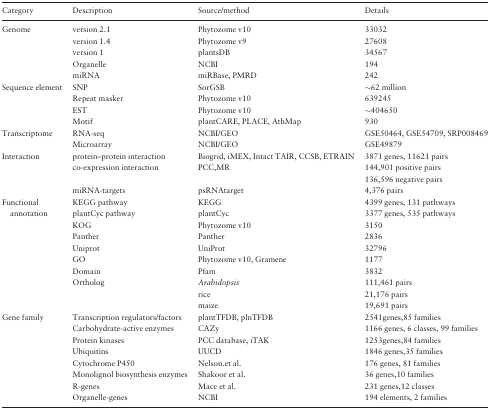
<table><thead><tr><td><b>Category</b></td><td><b>Description</b></td><td><b>Source/method</b></td><td><b>Details</b></td></tr></thead><tbody><tr><td rowspan="5">Genome</td><td>version 2.1</td><td>Phytozome v10</td><td>33032</td></tr><tr><td>version 1.4</td><td>Phytozome v9</td><td>27608</td></tr><tr><td>version 1</td><td>plantsDB</td><td>34567</td></tr><tr><td>Organelle</td><td>NCBI</td><td>194</td></tr><tr><td>miRNA</td><td>miRBase, PMRD</td><td>242</td></tr><tr><td rowspan="4">Sequence element</td><td>SNP</td><td>SorGSB</td><td>∼62 million</td></tr><tr><td>Repeat masker</td><td>Phytozome v10</td><td>639245</td></tr><tr><td>EST</td><td>Phytozome v10</td><td>∼404650</td></tr><tr><td>Motif</td><td>plantCARE, PLACE, AthMap</td><td>930</td></tr><tr><td rowspan="2">Transcriptome</td><td>RNA-seq</td><td>NCBI/GEO</td><td>GSE50464, GSE54709, SRP008469</td></tr><tr><td>Microarray</td><td>NCBI/GEO</td><td>GSE49879</td></tr><tr><td rowspan="4">Interaction</td><td>protein–protein interaction</td><td>Biogrid, iMEX, Intact TAIR, CCSB, ETRAIN</td><td>3871 genes, 11621 pairs</td></tr><tr><td rowspan="2">co-expression interaction</td><td rowspan="2">PCC,MR</td><td>144,901 positive pairs</td></tr><tr><td>136,596 negative pairs</td></tr><tr><td>miRNA-targets</td><td>psRNAtarget</td><td>4,376 pairs</td></tr><tr><td rowspan="10">Functional annotation</td><td>KEGG pathway</td><td>KEGG</td><td>4399 genes, 131 pathways</td></tr><tr><td>plantCyc pathway</td><td>plantCyc</td><td>3377 genes, 535 pathways</td></tr><tr><td>KOG</td><td>Phytozome v10</td><td>3150</td></tr><tr><td>Panther</td><td>Panther</td><td>2836</td></tr><tr><td>Uniprot</td><td>UniProt</td><td>32796</td></tr><tr><td>GO</td><td>Phytozome v10, Gramene</td><td>1177</td></tr><tr><td>Domain</td><td>Pfam</td><td>3832</td></tr><tr><td rowspan="3">Ortholog</td><td><i>Arabidopsis</i></td><td>111,461 pairs</td></tr><tr><td>rice</td><td>21,176 pairs</td></tr><tr><td>maize</td><td>19,691 pairs</td></tr><tr><td rowspan="8">Gene family</td><td>Transcription regulators/factors</td><td>plantTFDB, plnTFDB</td><td>2541genes,85 families</td></tr><tr><td>Carbohydrate-active enzymes</td><td>CAZy</td><td>1166 genes, 6 classes, 99 families</td></tr><tr><td>Protein kinases</td><td>PCC database, iTAK</td><td>1253genes,84 families</td></tr><tr><td>Ubiquitins</td><td>UUCD</td><td>1846 genes,35 families</td></tr><tr><td>Cytochrome P450</td><td>Nelson.et al.</td><td>176 genes, 81 families</td></tr><tr><td>Monolignol biosynthesis enzymes</td><td>Shakoor et al.</td><td>36 genes,10 families</td></tr><tr><td>R-genes</td><td>Mace et al.</td><td>231 genes,12 classes</td></tr><tr><td>Organelle-genes</td><td>NCBI</td><td>194 elements, 2 families</td></tr></tbody></table>